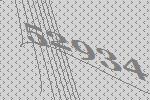
52934